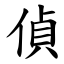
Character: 偵